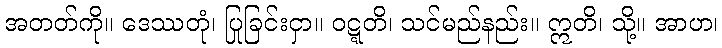
အတတ်ကို။ ဒေဿတုံ၊ ပြုခြင်းငှာ။ ဝဋ္ဋတိ၊ သင်မည်နည်း။ ဣတိ၊ သို့။ အာဟ၊